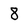
Character: 8